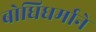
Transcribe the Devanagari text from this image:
बोधिधर्माने